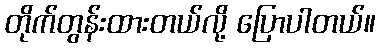
တိုက်တွန်းထားတယ်လို့ ပြောပါတယ်။